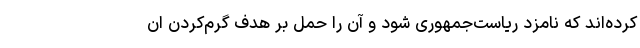
کرده‌اند که نامزد ریاست‌جمهوری شود و آن را حمل بر هدف گرم‌کردن ان